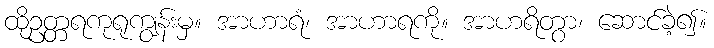
ထိုဥတ္တရကုရုကျွန်းမှ။ အာဟာရံ၊ အာဟာရကို။ အာဟရိတွာ၊ ဆောင်ခဲ့၍။